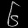
Digit: ၆